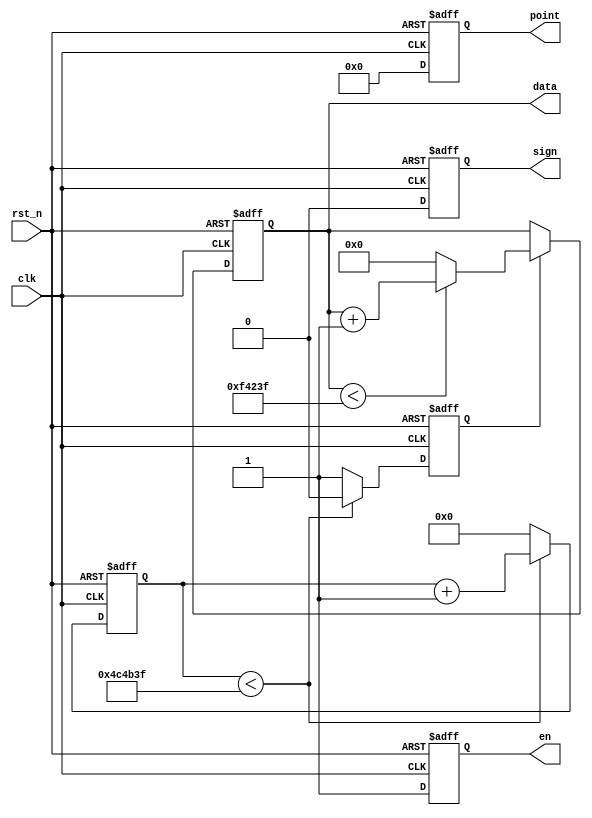
module count(
	input							clk,			//
	input							rst_n,		//
	
	//user interface
	output	reg	[19:0]	data,			//6
	output	reg	[ 5:0]	point,		//
	output	reg				en,			//
	output	reg				sign			//
);


// parameter define
parameter MAX_NUM = 23'd500_0000;		//

//reg define
reg	[22:0]	cnt;							//10ms
reg				flag;							//


//**************************************************************
//									main code
//**************************************************************

// 10ms
always @ (posedge clk or negedge rst_n) begin
	
	if(!rst_n) begin
		cnt <= 23'b0;
		flag <= 1'b0;
	end
	
	else if(cnt < MAX_NUM - 1'b1) begin
		cnt <= cnt + 1'b1;
		flag <= 1'b0;
	end
	
	else begin
		cnt <= 23'b0;
		flag <= 1'b1;
	end
end

// 0999999
always @ (posedge clk or negedge rst_n) begin
	if(!rst_n) begin
		data <= 20'b0;
		point <= 6'b000000;
		en <= 1'b0;
		sign <= 1'b0;
	end
	
	else begin
		point <= 6'b000000;			//
		en <= 1'b1;						//
		sign <= 1'b0;					//
		if(flag) begin					//0.01s
			if(data < 20'd999999)
				data <= data + 1'b1;
			else 
				data <=20'b0;
		end
	end
end

endmodule